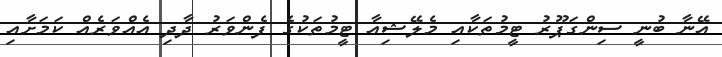
އޭނާ ބުނީ ސިންގަޕޫރު ޓީމުތަކާއި މެލޭޝިއާ ޓީމުތަކުގެ ފެންވަރު ދާދި އެއްވަރެއް ކަމަށާއި